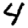
Digit: 4